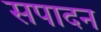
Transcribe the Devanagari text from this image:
सपादन